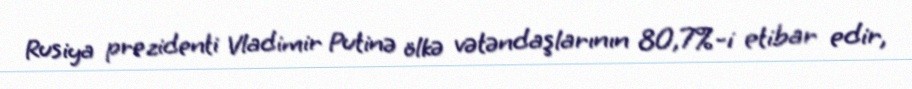
Rusiya prezidenti Vladimir Putinə ölkə vətəndaşlarının 80,7%-i etibar edir,